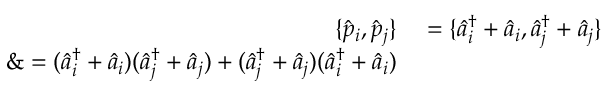
\begin{array} { r l } { \{ \hat { p } _ { i } , \hat { p } _ { j } \} } & { { } = \{ \hat { a } _ { i } ^ { \dagger } + \hat { a } _ { i } , \hat { a } _ { j } ^ { \dagger } + \hat { a } _ { j } \} } \\ { \& = ( \hat { a } _ { i } ^ { \dagger } + \hat { a } _ { i } ) ( \hat { a } _ { j } ^ { \dagger } + \hat { a } _ { j } ) + ( \hat { a } _ { j } ^ { \dagger } + \hat { a } _ { j } ) ( \hat { a } _ { i } ^ { \dagger } + \hat { a } _ { i } ) } \end{array}